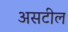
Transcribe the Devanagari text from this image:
असटील